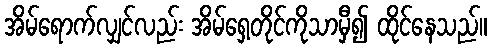
အိမ်ရောက်လျှင်လည်း အိမ်ရှေ့တိုင်ကိုသာမှီ၍ ထိုင်နေသည်။